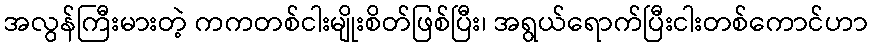
အလွန်ကြီးမားတဲ့ ကကတစ်ငါးမျိုးစိတ်ဖြစ်ပြီး၊ အရွယ်ရောက်ပြီးငါးတစ်ကောင်ဟာ